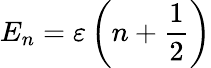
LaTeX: E_{n}=\varepsilon\left(n+{\frac{1}{2}}\right)